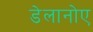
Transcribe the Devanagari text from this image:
डेलानोए